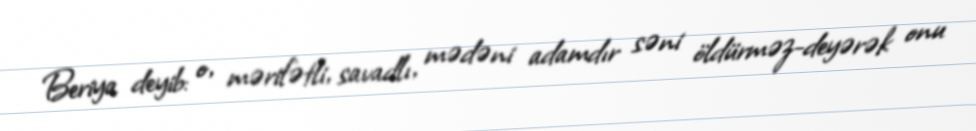
Beriya deyib: o, mərifətli, savadlı, mədəni adamdır səni öldürməz-deyərək onu